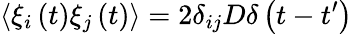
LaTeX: \langle\xi_{i}\left(t\right)\xi_{j}\left(t\right)\rangle=2\delta_{ij}D\delta\left(t-t^{\prime}\right)